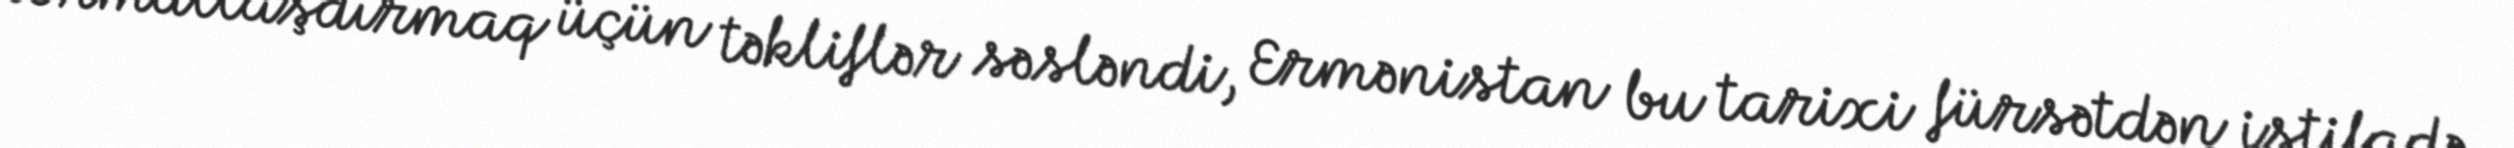
normallaşdırmaq üçün təkliflər səsləndi, Ermənistan bu tarixi fürsətdən istifadə